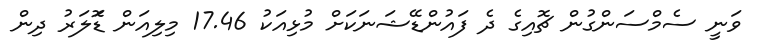
ވަނީ ސެމްސަންގުން ޗޮއިގެ ދެ ފައުންޑޭޝަނަކަށް މުޅިއަކު 17.46 މިލިއަން ޑޮަލަރު ދިން